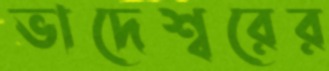
ভাদেশ্বরের